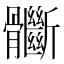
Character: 𩪽